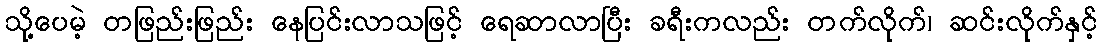
သို့ပေမဲ့ တဖြည်းဖြည်း နေပြင်းလာသဖြင့် ရေဆာလာပြီး ခရီးကလည်း တက်လိုက်၊ ဆင်းလိုက်နှင့်